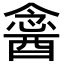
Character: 𨡣